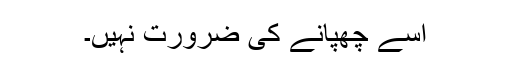
اسے چھپانے کی ضرورت نہیں۔